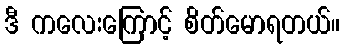
ဒီ ကလေးကြောင့် စိတ်မောရတယ်။